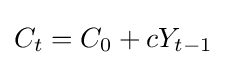
C_{t}=C_{0}+cY_{t-1}